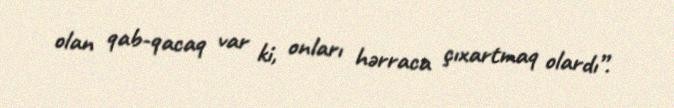
olan qab-qacaq var ki, onları hərraca çıxartmaq olardı”.